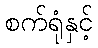
စက်ရုံနှင့်